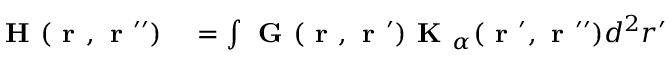
\begin{array} { r l } { \textbf { H } ( \textbf { r } , \textbf { r } ^ { \prime \prime } ) } & { { } = \int \textbf { G } ( \textbf { r } , \textbf { r } ^ { \prime } ) \textbf { K } _ { \alpha } ( \textbf { r } ^ { \prime } , \textbf { r } ^ { \prime \prime } ) d ^ { 2 } r ^ { \prime } } \end{array}